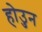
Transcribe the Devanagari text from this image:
होउुन